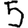
Digit: 5